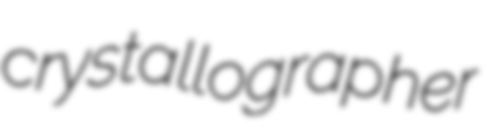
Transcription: crystallographer